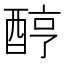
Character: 𨠺